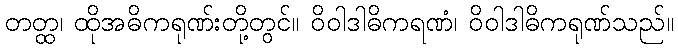
တတ္ထ၊ ထိုအဓိကရုဏ်းတို့တွင်။ ဝိဝါဒါဓိကရဏံ၊ ဝိဝါဒါဓိကရုဏ်သည်။